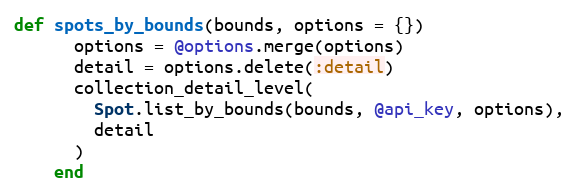
Language: Ruby
def spots_by_bounds(bounds, options = {})
      options = @options.merge(options)
      detail = options.delete(:detail)
      collection_detail_level(
        Spot.list_by_bounds(bounds, @api_key, options),
        detail
      )
    end